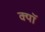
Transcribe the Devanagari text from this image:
क्यॉ